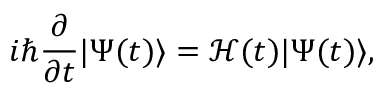
i \hbar \frac { \partial } { \partial t } \vert \Psi ( t ) \rangle = \mathcal { H } ( t ) \vert \Psi ( t ) \rangle ,